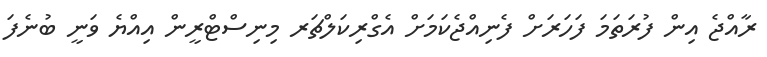
ރާއްޖެ އިން ފުރަތަމަ ފަހަރަށް ފެނިއްޖެކަމަށް އެގްރިކަލްޗަރ މިނިސްޓްރީން އިއްޔެ ވަނީ ބުނެފަ